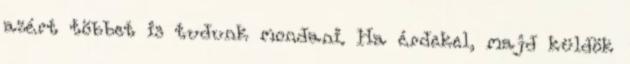
azért többet is tudunk mondani. Ha érdekel, majd küldök